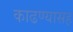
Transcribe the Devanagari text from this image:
काढण्यासह